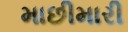
માછીમારી